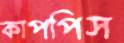
কাপপিস